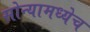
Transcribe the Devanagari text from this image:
सोन्यामध्येच